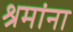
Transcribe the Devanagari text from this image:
श्रमांना